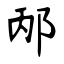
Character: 邴